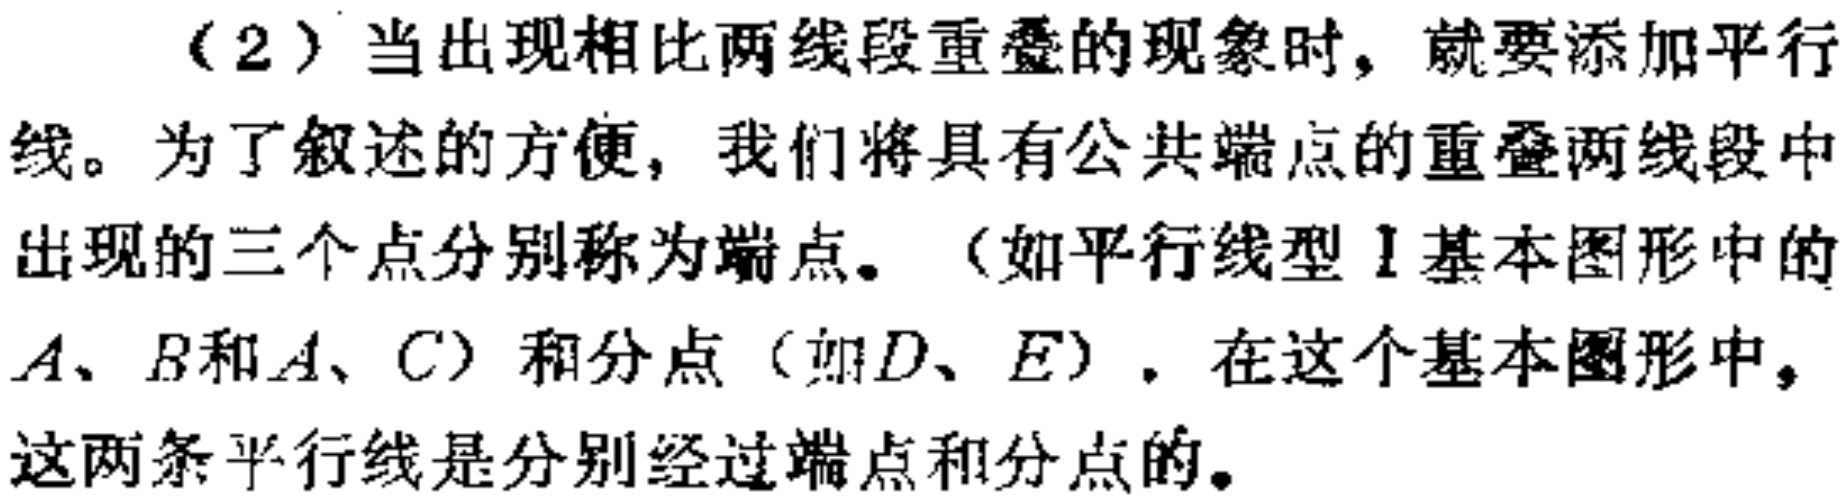
（2）当出现相比两线段重叠的现象时，就要添加平行线。为了叙述的方便，我们将具有公共端点的重叠两线段中出现的三个点分别称为端点。（如平行线型1基本图形中的\(A、B\)和\(A、C\)）和分点（如\(D、E\)）. 在这个基本图形中，这两条平行线是分别经过端点和分点的。